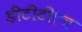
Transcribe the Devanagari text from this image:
डीटीटीएच